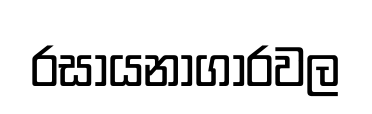
රසායනාගාරවල